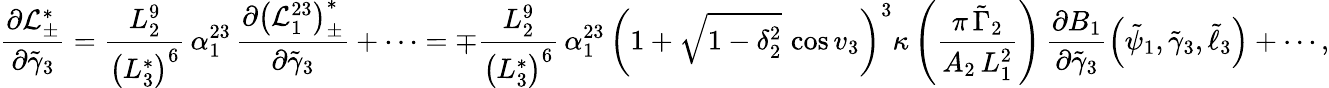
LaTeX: \frac{\partial\mathcal{L}_{\pm}^{*}}{\partial\tilde{\gamma}_{3}}=\frac{L_{2}^{9}}{\left(L_{3}^{*}\right)^{6}}\, \alpha_{1}^{23}\, \frac{\partial\left(\mathcal{L}_{1}^{23}\right)_{\pm}^{*}}{\partial\tilde{\gamma}_{3}}+\cdots=\mp\frac{L_{2}^{9}}{\left(L_{3}^{*}\right)^{6}}\, \alpha_{1}^{23}\, \left(1+\sqrt{1-\delta_{2}^{2}}\, \cos v_{3}\right)^{3}\kappa\left(\frac{\pi\, \tilde{\Gamma}_{2}}{A_{2}\, L_{1}^{2}}\right)\, \frac{\partial B_{1}}{\partial\tilde{\gamma}_{3}}\left(\tilde{\psi}_{1},\tilde{\gamma}_{3},\tilde{\ell}_{3}\right)+\cdots,